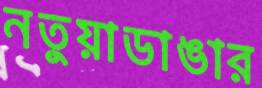
নতুয়াডাঙার